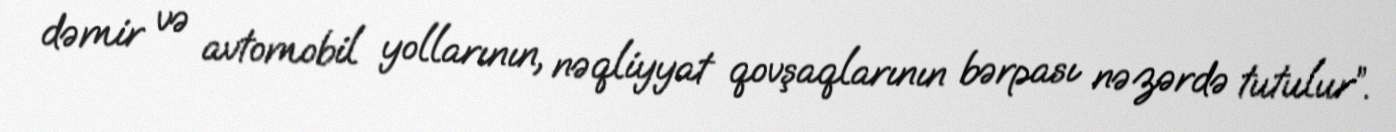
dəmir və avtomobil yollarının, nəqliyyat qovşaqlarının bərpası nəzərdə tutulur”.